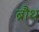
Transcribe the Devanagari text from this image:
ब्रौथ